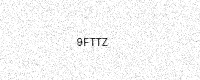
Text: 9FTTZ